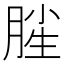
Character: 𣍺